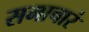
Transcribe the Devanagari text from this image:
समाचारं